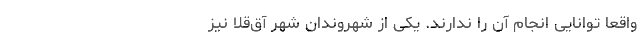
واقعاً توانایی انجام آن را ندارند. یکی از شهروندان شهر آق‌قلا نیز